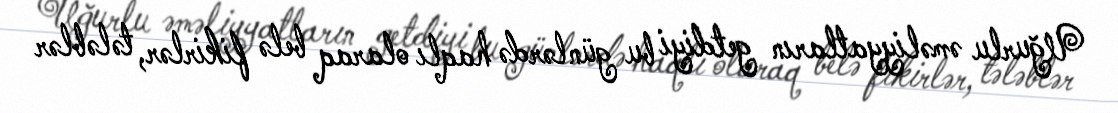
Uğurlu əməliyyatların getdiyi bu günlərdə haqlı olaraq belə fikirlər, tələblər